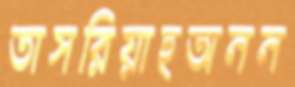
তাসরিয়াহঅনন